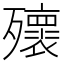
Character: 𣩹